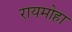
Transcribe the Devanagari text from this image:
रायमोहा